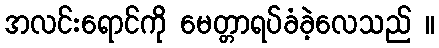
အလင်းရောင်ကို မေတ္တာရပ်ခံခဲ့လေသည် ။